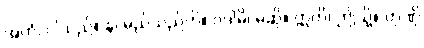
အဟံ၊ ငါသည်။ န၊ မည်သည်ကို။ ဝဒါမိ၊ မဆို။ ဣတိ၊ ဤသို့။ တုဏှိ